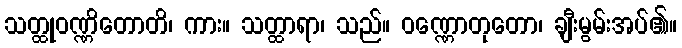
သတ္ထုဝဏ္ဏိတောတိ၊ ကား။ သတ္ထာရာ၊ သည်။ ဝဏ္ဏောတုတော၊ ချီးမွမ်းအပ်၏။